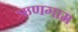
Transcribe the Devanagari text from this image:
ऋणगाम